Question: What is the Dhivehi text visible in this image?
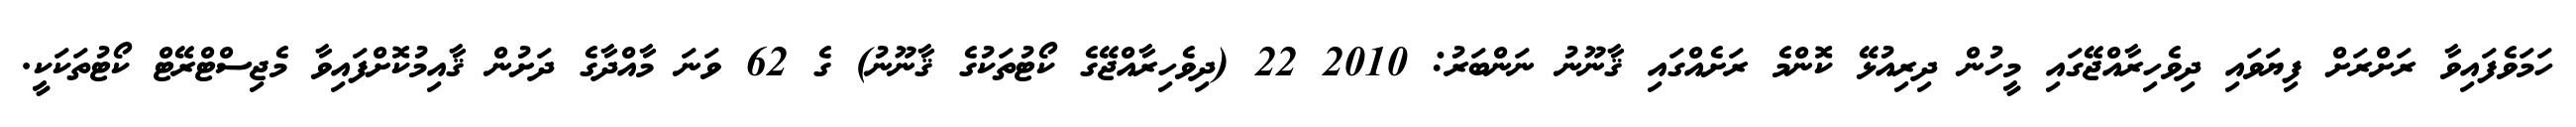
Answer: ހަމަވެފައިވާ ރަށްރަށް ފިޔަވައި ދިވެހިރާއްޖޭގައި މީހުން ދިރިއުޅޭ ކޮންމެ ރަށެއްގައި ޤާނޫނު ނަންބަރު: 2010 22 (ދިވެހިރާއްޖޭގެ ކޯޓުތަކުގެ ޤާނޫނު) ގެ 62 ވަނަ މާއްދާގެ ދަށުން ޤާއިމުކޮށްފައިވާ މެޖިސްޓްރޭޓް ކޯޓުތަކަކީ.